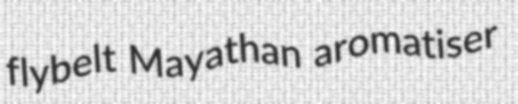
flybelt Mayathan aromatiser